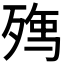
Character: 𭮘